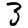
Digit: 3